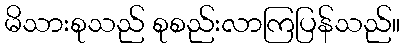
မိသားစုသည် စုစည်းလာကြပြန်သည်။